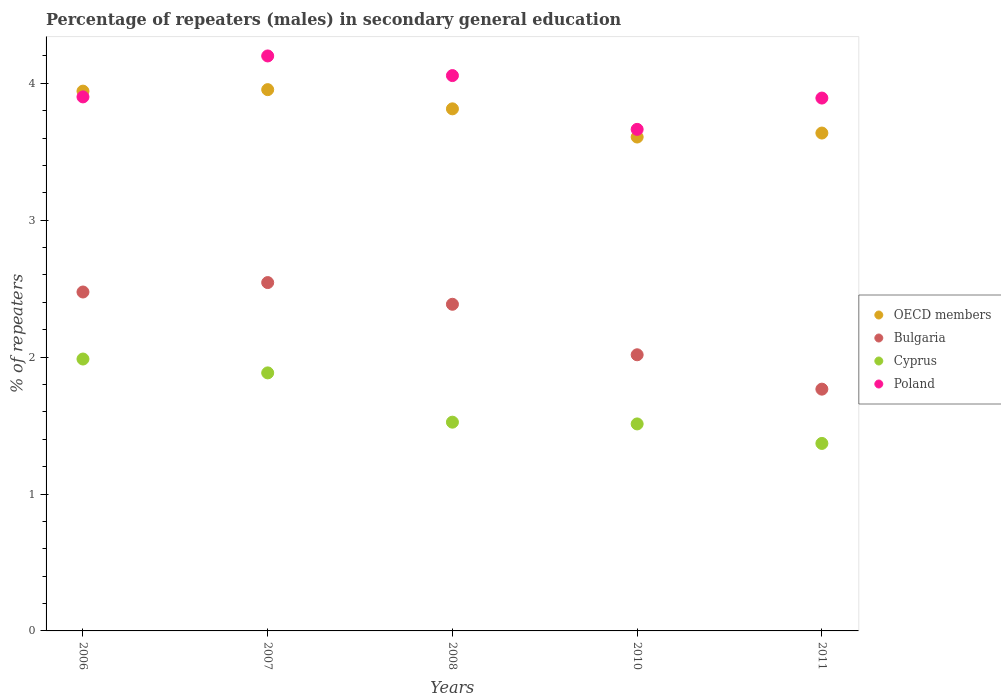
| Years | OECD members | Bulgaria | Cyprus | Poland |
 | --- | --- | --- | --- | --- |
 | 2006 | 3.94 | 2.48 | 1.99 | 3.9 |
 | 2007 | 3.95 | 2.54 | 1.88 | 4.2 |
 | 2008 | 3.81 | 2.39 | 1.52 | 4.06 |
 | 2010 | 3.61 | 2.02 | 1.51 | 3.66 |
 | 2011 | 3.64 | 1.77 | 1.37 | 3.89 |